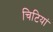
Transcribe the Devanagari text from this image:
चिटियां